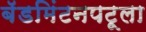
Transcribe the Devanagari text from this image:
बॅडमिंटनपटूला